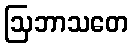
ဩဘာသတေ